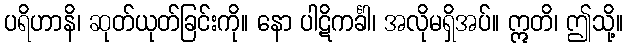
ပရိဟာနိ၊ ဆုတ်ယုတ်ခြင်းကို။ နော ပါဋိကင်္ခါ၊ အလိုမရှိအပ်။ ဣတိ၊ ဤသို့။